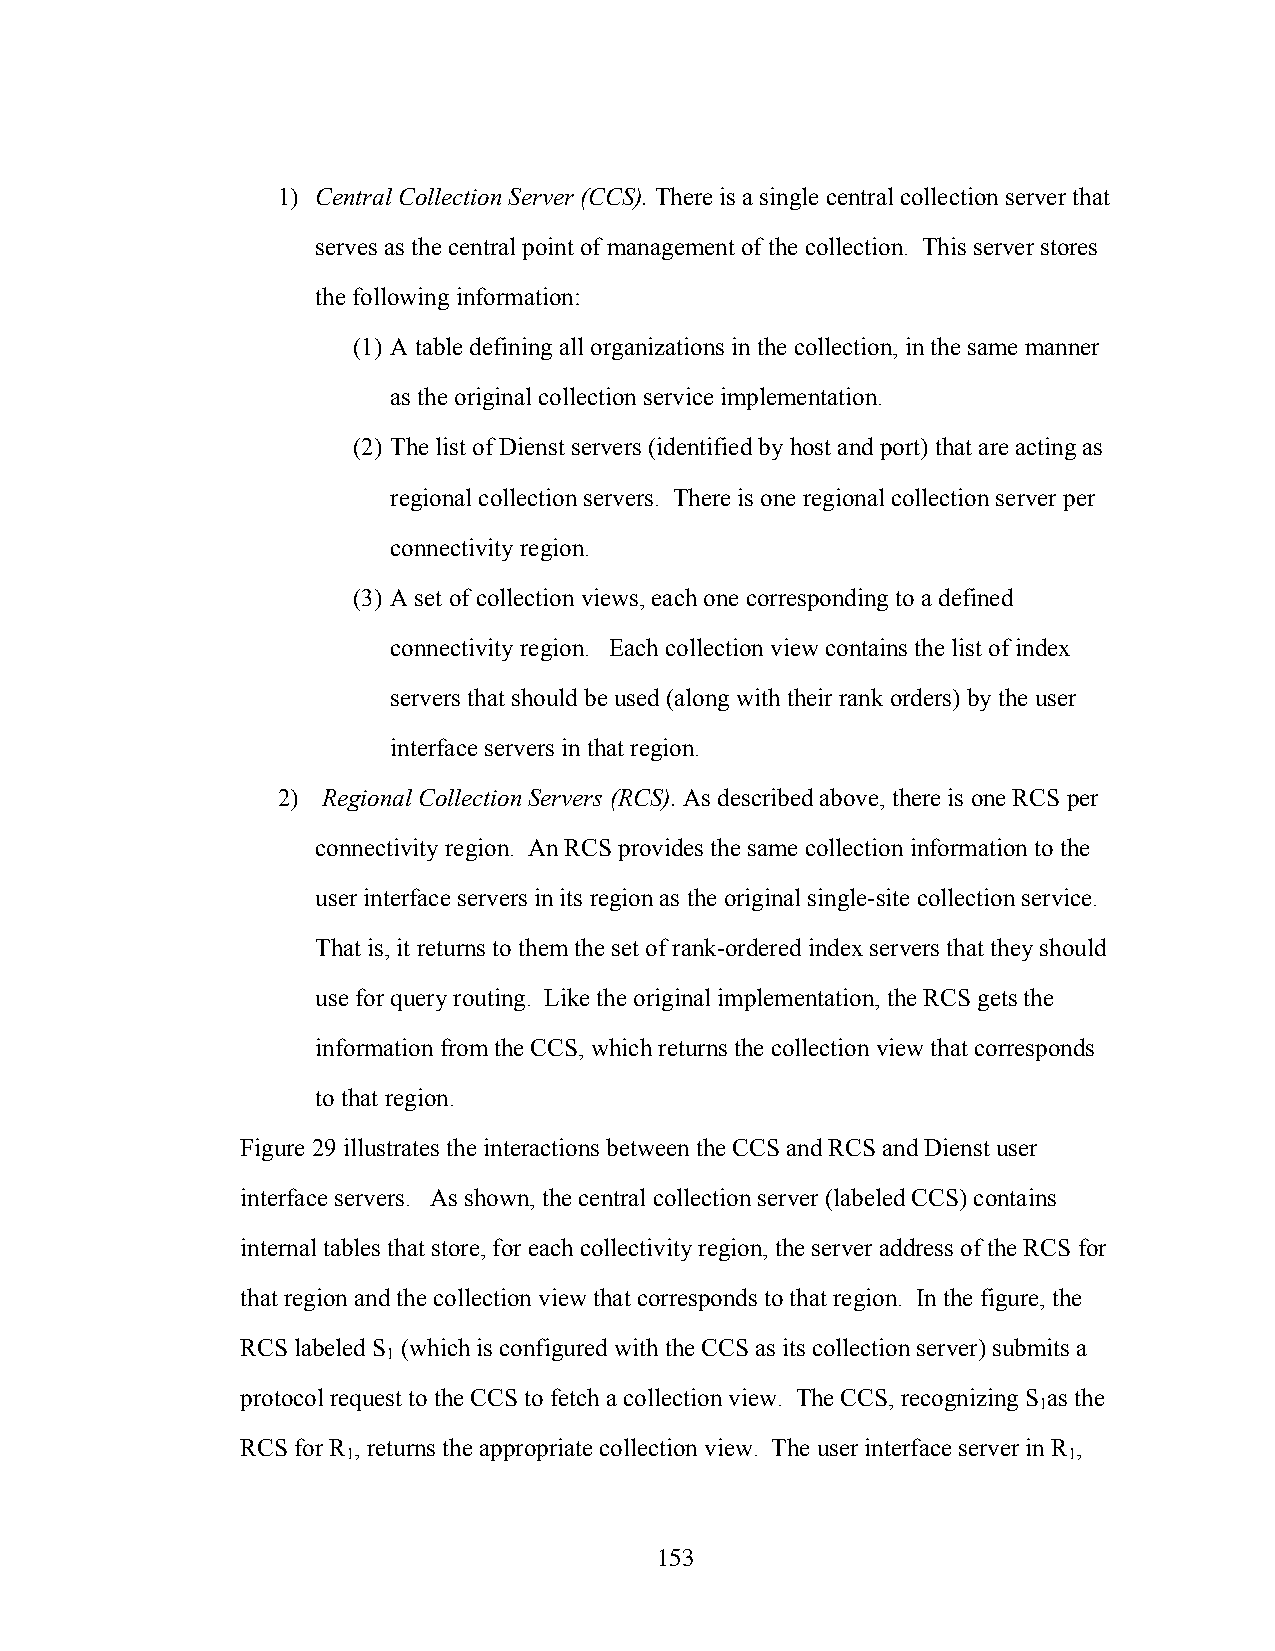
1) Central Collection Server (CCS). There is a single central collection server that
 serves as the central point of management of the collection. This server stores
 the following information:
 (1) A table defining all organizations in the collection, in the same manner
 as the original collection service implementation.
 (2) The list of Dienst servers (identified by host and port) that are acting as
 regional collection servers. There is one regional collection server per
 connectivity region.
 (3) A set of collection views, each one corresponding to a defined
 connectivity region. Each collection view contains the list of index
 servers that should be used (along with their rank orders) by the user
 interface servers in that region.
 2) Regional Collection Servers (RCS). As described above, there is one RCS per
 connectivity region. An RCS provides the same collection information to the
 user interface servers in its region as the original single-site collection service.
 That is, it returns to them the set of rank-ordered index servers that they should
 use for query routing. Like the original implementation, the RCS gets the
 information from the CCS, which returns the collection view that corresponds
 to that region.
 Figure 29 illustrates the interactions between the CCS and RCS and Dienst user
 interface servers. As shown, the central collection server (labeled CCS) contains
 internal tables that store, for each collectivity region, the server address of the RCS for
 that region and the collection view that corresponds to that region. In the figure, the
 RCS labeled S (which is configured with the CCS as its collection server) submits a
 1
 protocol request to the CCS to fetch a collection view. The CCS, recognizing S as the
 1
 RCS for R , returns the appropriate collection view. The user interface server in R ,
 1                                               1
 153